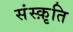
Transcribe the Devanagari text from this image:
संस्‍क़ृति